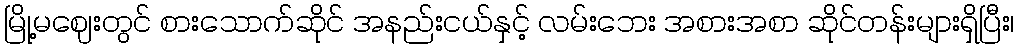
မြို့မဈေးတွင် စားသောက်ဆိုင် အနည်းငယ်နှင့် လမ်းဘေး အစားအစာ ဆိုင်တန်းများရှိပြီး၊